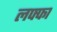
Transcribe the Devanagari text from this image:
लफ्फा